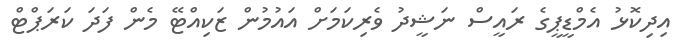
އިދިކޮޅު އެމްޑީޕީގެ ރައީސް ނަޝީދު ވެރިކަމަށް އައުމުން ޒަކިއްޓޭ މެން ފަދަ ކަރަޕްޓް